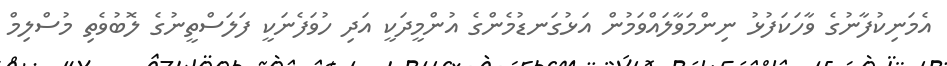
އެމަނިކުފާނުގެ ވާހަކަފުޅު ނިންމަވާލައްވަމުން އަޅުގަނޑުމެންގެ އުންމީދަކީ އަދި ހުވަފެނަކީ ފަލަސްތީނުގެ ލޮބުވެތި މުސްލިމް